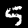
Digit: 5